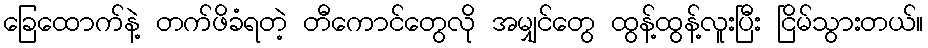
ခြေထောက်နဲ့ တက်ဖိခံရတဲ့ တီကောင်တွေလို အမျှင်တွေ ထွန့်ထွန့်လူးပြီး ငြိမ်သွားတယ်။